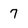
Character: 7